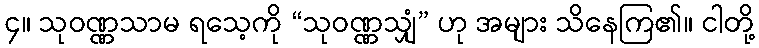
၄။ သုဝဏ္ဏသာမ ရသေ့ကို “သုဝဏ္ဏသျှံ” ဟု အများ သိနေကြ၏။ ငါတို့